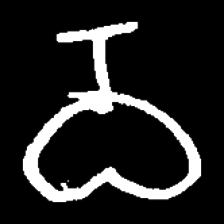
Pyu character \u2014 Myanmar letter: ဝ (romanized: wa)